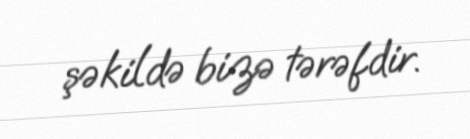
şəkildə bizə tərəfdir.